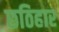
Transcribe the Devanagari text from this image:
छठिहार